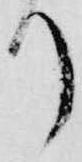
り